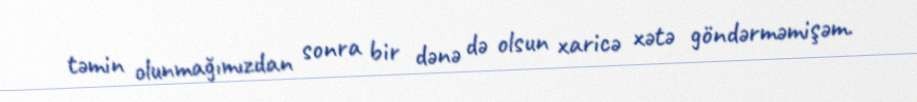
təmin olunmağımızdan sonra bir dənə də olsun xaricə xətə göndərməmişəm.